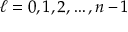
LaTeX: \ell = 0 , 1 , 2 , \dots , n - 1